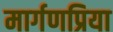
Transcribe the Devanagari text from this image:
मार्गणप्रिया